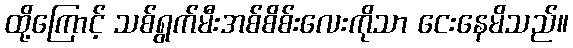
ထို့ကြောင့် သစ်ရွက်မီးအစ်စိစ်းလေးကိုသာ ငေးနေမိသည်။